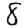
Digit: 8